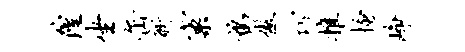
隍坐缶新窠鹑傲巧推搔峥